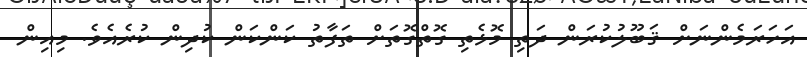
އަހަރަމެންނަށް ޤަބޫލުކުރަން ދަތި މޮޅެތި ގޮތްގޮތަށް ތަފާތު ކަންކަން ކުދިން ކުރެއެވެ. މިއިން